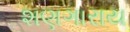
શણગારાય